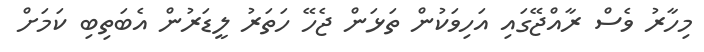
މިހާރު ވެސް ރާއްޖޭގައި އަހިވަކުން ތަޅަން ޖެހޭ ހަތަރު ލީޑަރުން އެބަތިބި ކަމަށް